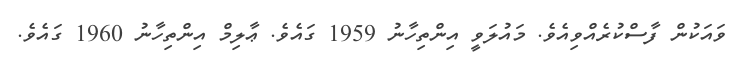
ވައަކުން ފާސްކުރެއްވިއެވެ. މައުލަވީ އިންތިހާނު 1959 ގައެވެ. ޢާލިމް އިންތިހާނު 1960 ގައެވެ.